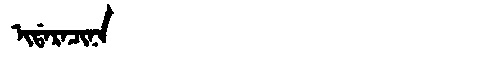
Manchu: ᡳᡩᠠᡵᠠᠴᡳᠨᠠ
Romanization: IDARACINA